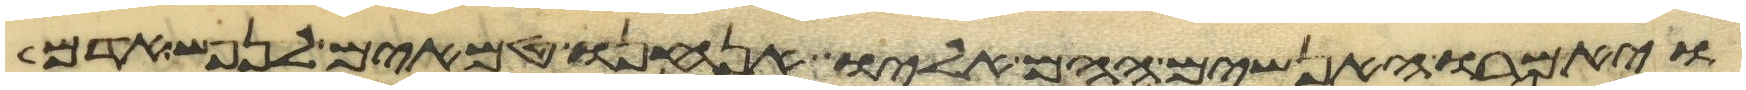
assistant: ויאמרו האנשים ההם אליו אנחנו טמאים לנפש אדם